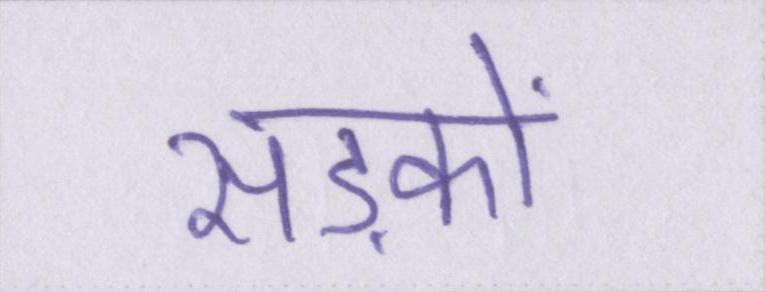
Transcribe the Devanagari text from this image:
सड़कों